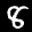
Label: 8